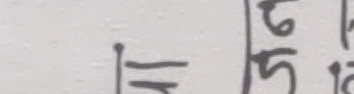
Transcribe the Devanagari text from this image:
७
६ ५